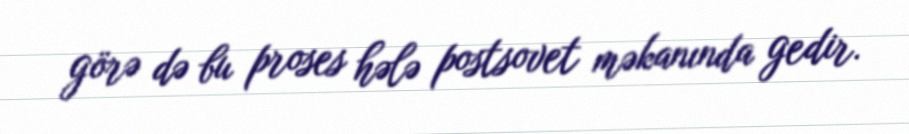
görə də bu proses hələ postsovet məkanında gedir.